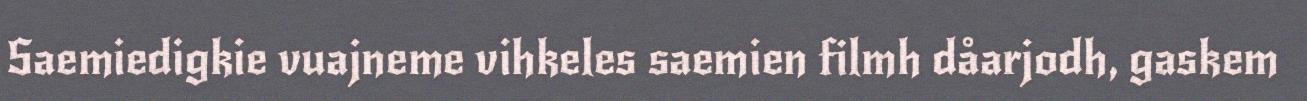
Saemiedigkie vuajneme vihkeles saemien filmh dåarjodh, gaskem